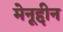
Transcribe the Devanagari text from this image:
मेनूद्दीन